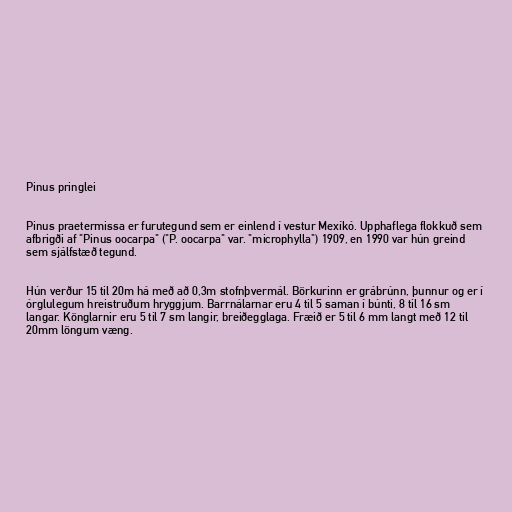
Pinus pringlei

Pinus praetermissa er furutegund sem er einlend í vestur Mexíkó. Upphaflega flokkuð sem
afbrigði af "Pinus oocarpa" ("P. oocarpa" var. "microphylla") 1909, en 1990 var hún greind
sem sjálfstæð tegund.

Hún verður 15 til 20m há með að 0,3m stofnþvermál. Börkurinn er grábrúnn, þunnur og er í
órglulegum hreistruðum hryggjum. Barrnálarnar eru 4 til 5 saman í búnti, 8 til 16 sm
langar. Könglarnir eru 5 til 7 sm langir, breiðegglaga. Fræið er 5 til 6 mm langt með 12 til
20mm löngum væng.